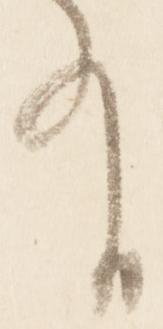
有